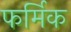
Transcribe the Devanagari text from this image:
फर्मिक